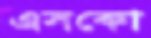
এসকো